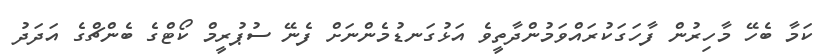
ކަމާ ބެހޭ މާހިރުން ފާހަގަކުރައްވަމުންދާތީވެ އަޅުގަނޑުމެންނަށް ފެނޭ ސުޕުރީމް ކޯޓްގެ ބެންޗްގެ އަދަދު